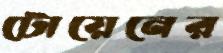
টোয়েনের